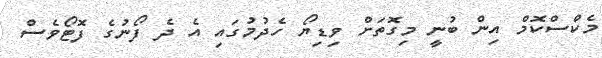
މެކްސްކޮމް އިން ބުނީ މިގޮތަށް ވިޑިޔޯ ހެދުމުގައި އެ ދެ ފޯނުގެ ފޮޓޯވެސް